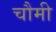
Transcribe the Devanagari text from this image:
चौमी